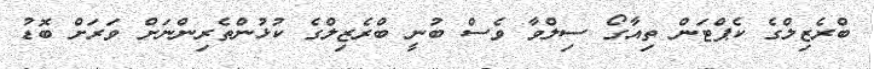
ބްރެޒިލްގެ ކެޕްޓަން ތިއާގޯ ސިލްވާ ވެސް ބުނީ ބްރެޒިލްގެ ކުޅުންތެރިންނަށް ވަރަށް ބޮޑު